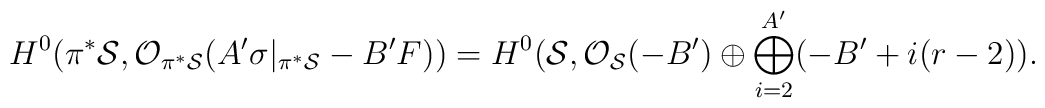
H^{0}(\pi^* {\cal S}, {\cal O}_{\pi^{*}{\cal S}}(A^{\prime} \sigma|_{\pi^* {\cal S}} - B^{\prime} F))=H^{0}({\cal S}, {\cal O}_{{\cal S}} (-B^{\prime}) \oplus\bigoplus_{i=2}^{A^{\prime}} (-B^{\prime} + i(r-2)).